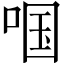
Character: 啯